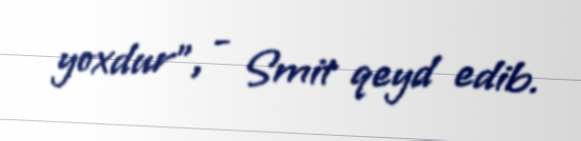
yoxdur”, - Smit qeyd edib.